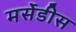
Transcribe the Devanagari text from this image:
मर्सेडीस